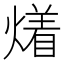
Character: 𤏲